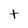
Character: t